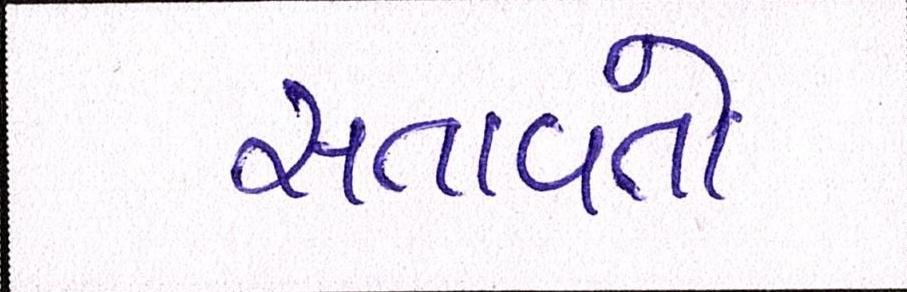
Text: સતાવતો